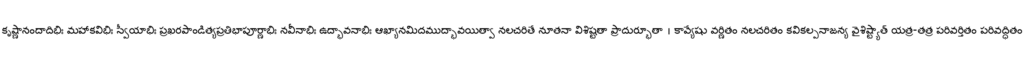
కృష్ణానందాదిభిః మహాకవిభిః స్వీయాభిః ప్రఖరపాండిత్యప్రతిభాపూర్ణాభిః నవీనాభిః ఉద్భావనాభిః ఆఖ్యానమిదముద్భావయిత్వా నలచరితే నూతనా విశిష్టతా ప్రాదుర్భూతా । కావ్యేషు వర్ణితం నలచరితం కవికల్పనాజన్య వైశిష్ట్యాత్ యత్ర-తత్ర పరివర్తితం పరివద్ధితం